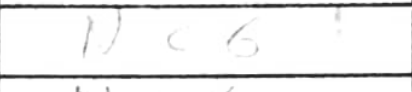
Transcription: Nc6